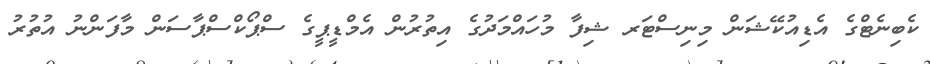
ކެބިނެޓްގެ އެޑިއުކޭޝަން މިނިސްޓަރ ޝިފާ މުހައްމަދުގެ އިތުރުން އެމްޑީޕީގެ ސްޕޯކްސްޕާސަން މާފަންނު އުތުރު